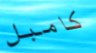
كامبل